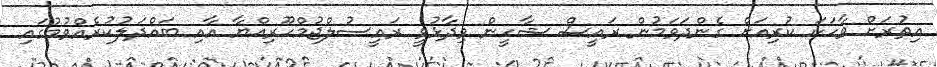
އިތުރަށް ވާހަކަ ކުރިއަށް ގެންދަވަމުން ރައީސް ޝާހީން ވިދާޅުވީ ރައީސުލްޖުމްހޫރިއްޔާ އާއި ބައްދަލުކުރެއްވުމުގައި